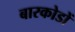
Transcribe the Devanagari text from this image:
बारकोडों